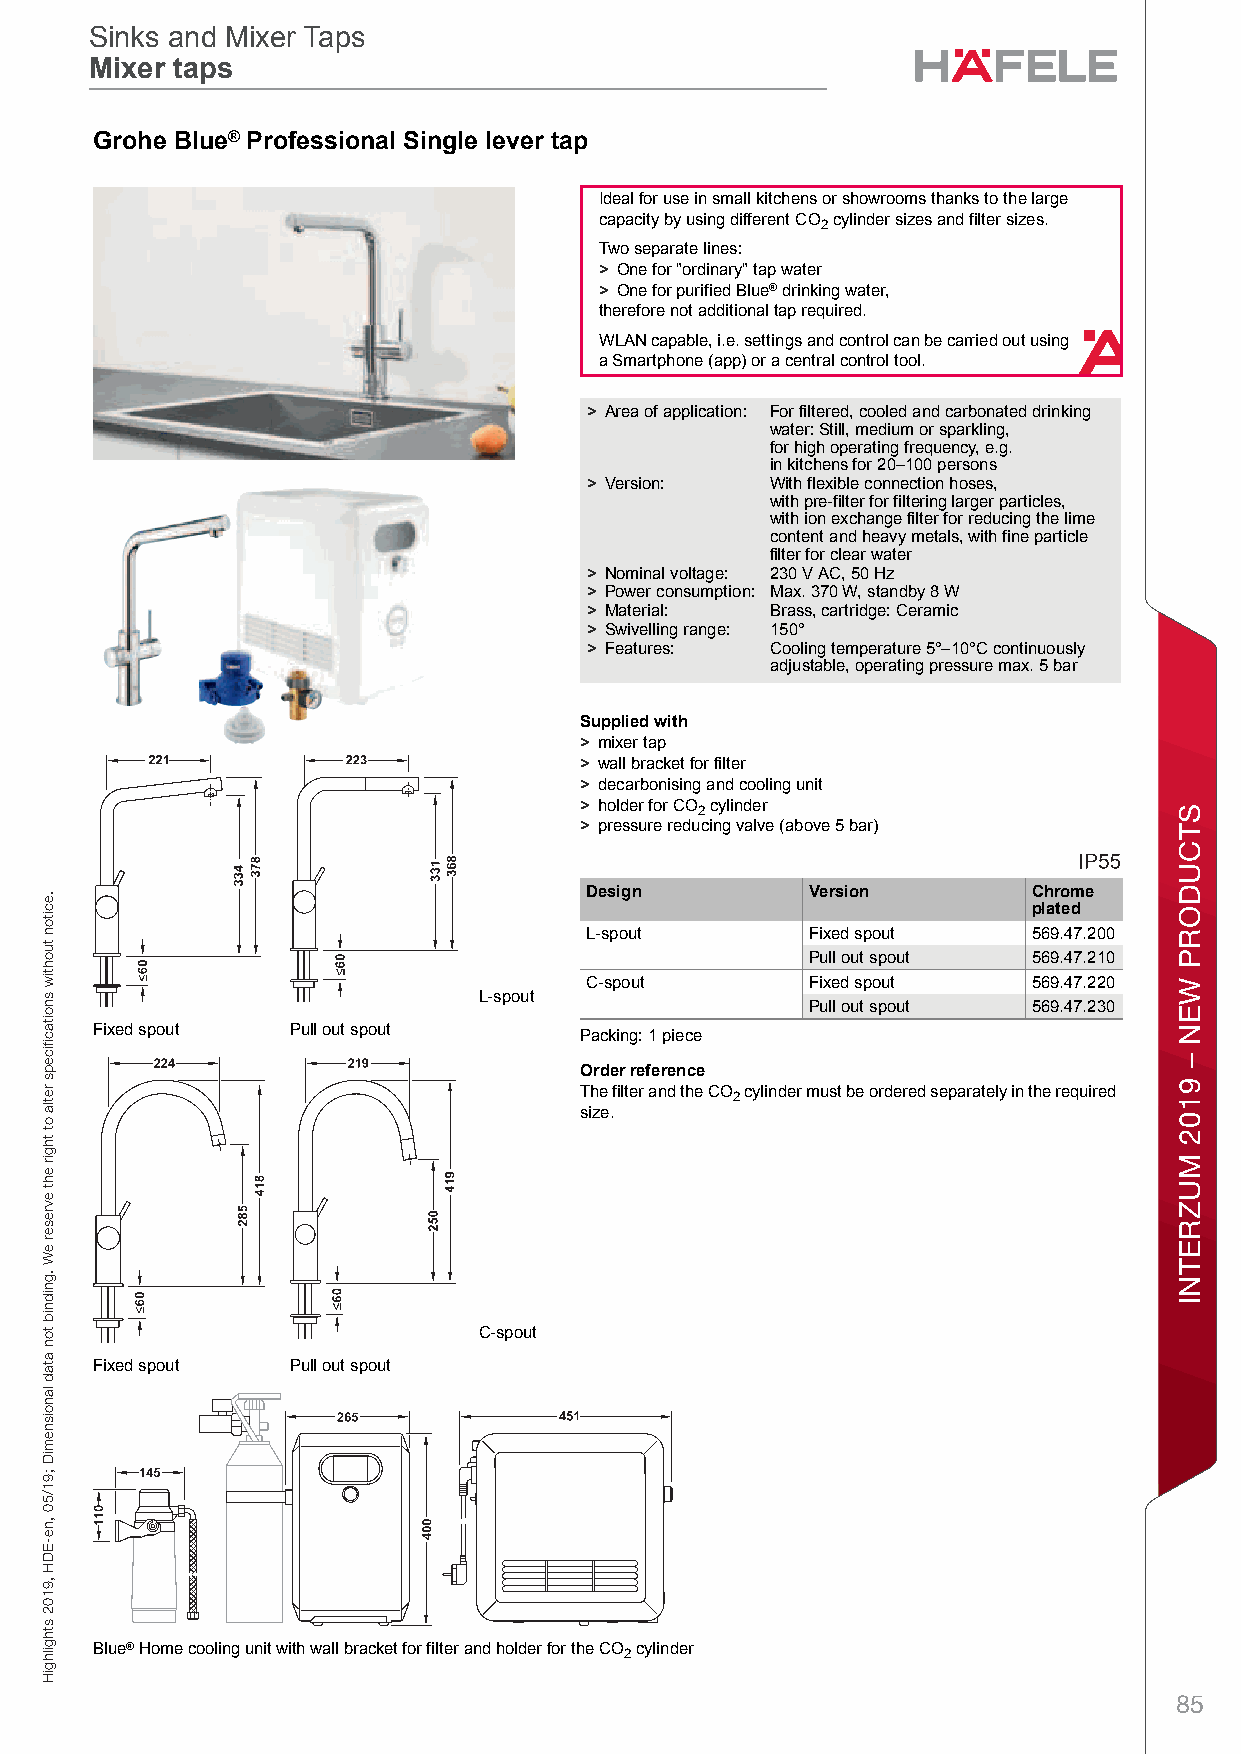
Sinks and Mixer Taps
 Sinks and Mixer Taps
 Mixer taps
 Mixer taps
 SGinks and rMixero TapsSinhks and Meixer Ta psMBixer tapsl – /u Plannineg and C®onstru ctioPnDimensironal odata not fbindeing. Wes reserves the rigiht too alter spnecificatiaons withlout notSice. ingle lever tap
 Ideal for use in small kitchens or showrooms thanks to the large
 capacity by using different CO cylinder sizes and filter sizes.
 2
 Two separate lines:
 > One for "ordinary" tap water
 > One for purified Blue® drinking water,
 therefore not additional tap required.
 WLAN capable, i.e. settings and control can be carried out using
 a Smartphone (app) or a central control tool.
 > Area of application: For filtered, cooled and carbonated drinking
 water: Still, medium or sparkling,
 for high operating frequency, e.g.
 in kitchens for 20–100 persons
 > Version:  With flexible connection hoses,
 with pre-filter for filtering larger particles,
 with ion exchange filter for reducing the lime
 content and heavy metals, with fine particle
 filter for clear water
 > Nominal voltage: 230 V AC, 50 Hz
 > Power consumption: Max. 370 W, standby 8 W
 > Material: Brass, cartridge: Ceramic  7
 > Swivelling range: 150°
 > Features: Cooling temperature 5°–10°C continuously
 adjustable, operating pressure max. 5 bar
 Supplied with
 > mixer tap
 > wall bracket for filter
 > decarbonising and cooling unit
 > holder for CO 2 cylinder
 > pressure reducing valve (above 5 bar)
 Design         Version       Chrome
 plated
 L-spout        Fixed spout   569.47.200
 Pull out spout 569.47.210
 C-spout        Fixed spout   569.47.220
 L-spout
 Pull out spout 569.47.230
 Fixed spout  Pull out spout     Packing: 1 piece
 Order reference
 The filter and the CO cylinder must be ordered separately in the required
 2
 size.
 C-spout
 Fixed spout  Pull out spout
 Blue® Home cooling unit with wall bracket for filter and holder for the CO cylinder
 2
 85
 .eciton
 tuohtiw
 snoitacfiiceps
 retla
 ot
 thgir
 eht
 evreser
 eW
 .gnidnib
 ton
 atad
 lanoisnemiD
 ;91/50
 ,ne-EDH
 ,9102
 sthgilhgiH
 spaT
 rexiM
 dna
 skniS
 STCUDORP
 WEN
 –
 9102
 MUZRETNI